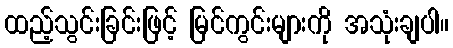
ထည့်သွင်းခြင်းဖြင့် မြင်ကွင်းများကို အသုံးချပါ။